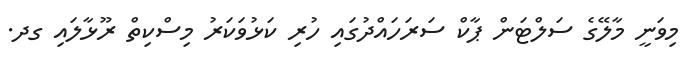
މިވަނީ މާލޭގެ ސަލްޓަން ޕާކް ސަރަހައްދުގައި ހުރި ކަޅުވަކަރު މިސްކިތް ރޫޅާލައި ގދ.